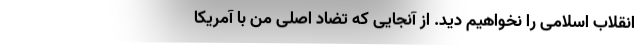
انقلاب اسلامی را نخواهیم دید. از آنجایی که تضاد اصلی من با آمریکا